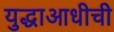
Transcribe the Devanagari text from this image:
युद्धाआधीची